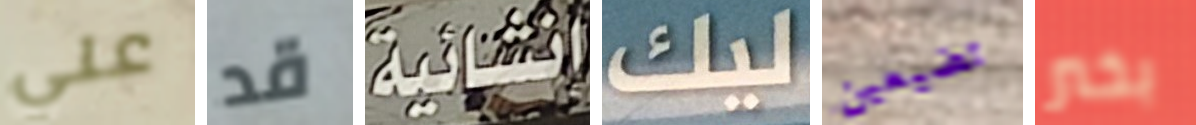
علي قد انشائية ليك تضيعين بخير